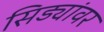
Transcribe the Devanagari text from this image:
सिड्यांवर